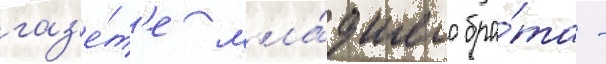
газ'е́т'е мла́дшего бра́та -